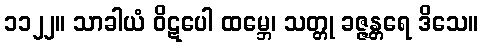
၁၁၂၂။ သာခါယံ ဝိဋပေါ ထမ္ဘေ၊ သတ္တု ခဇ္ဇန္တရေ ဒိသေ။